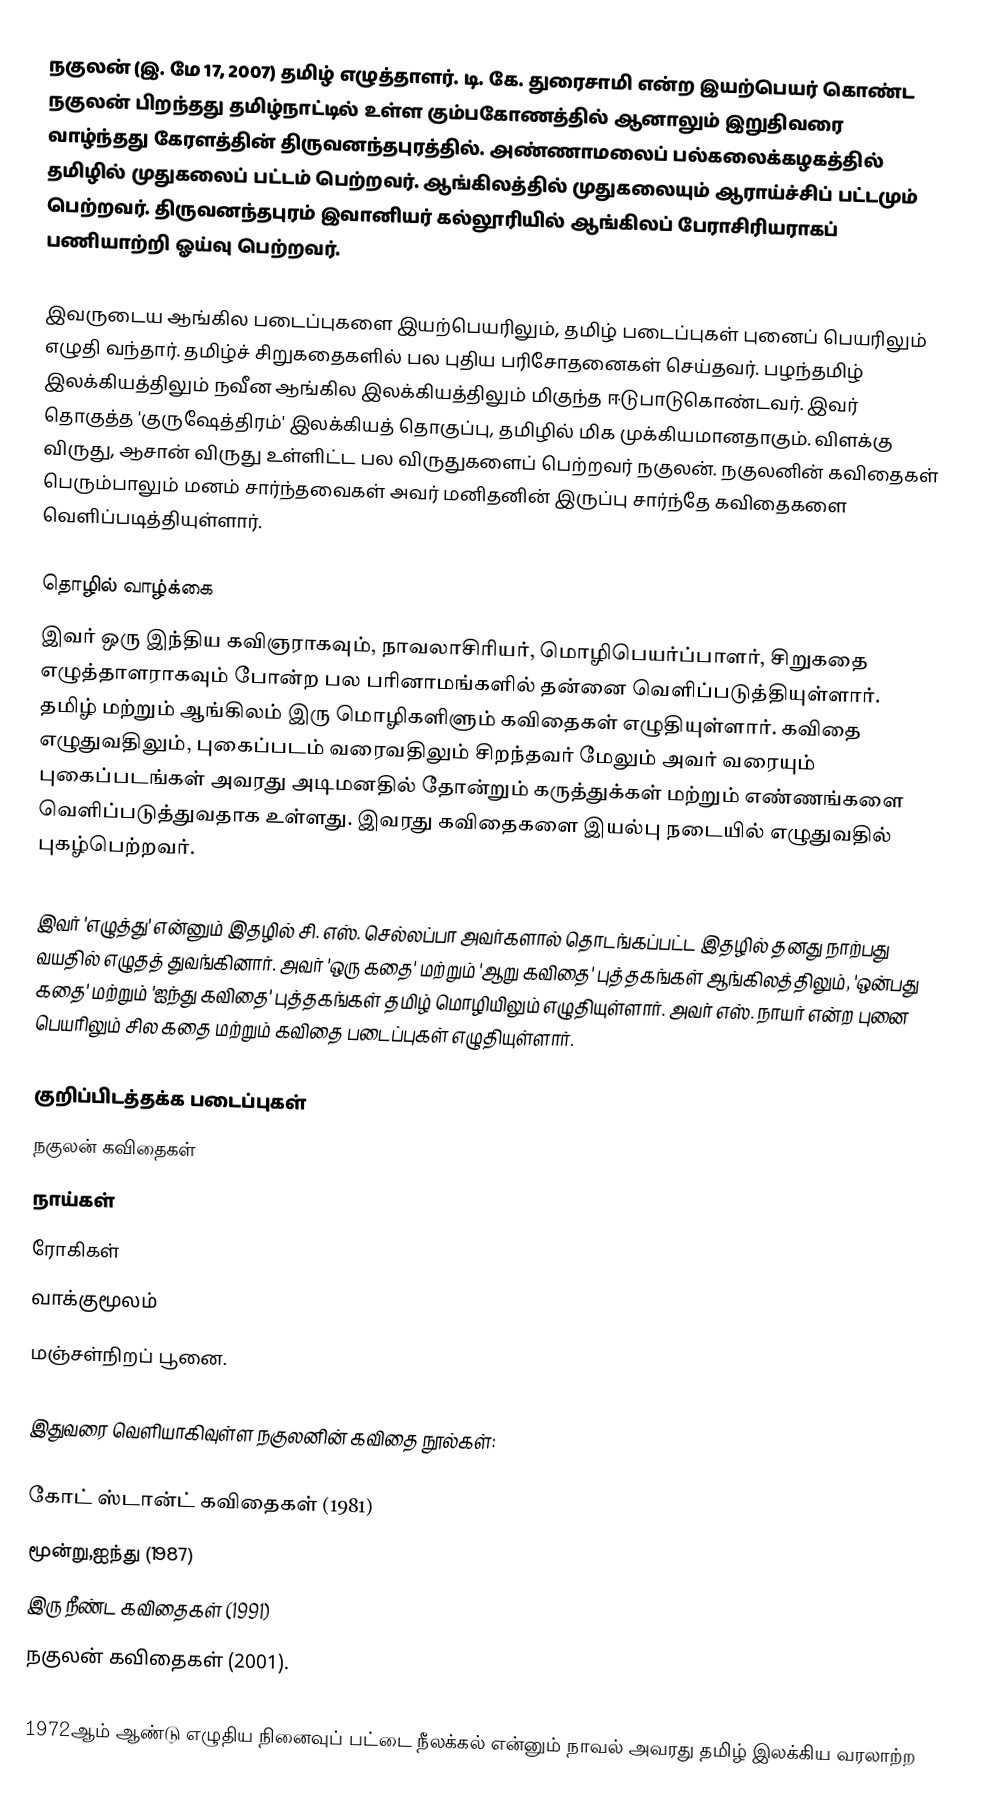
நகுலன் (இ. மே 17, 2007) தமிழ் எழுத்தாளர். டி. கே. துரைசாமி என்ற இயற்பெயர் கொண்ட நகுலன் பிறந்தது தமிழ்நாட்டில் உள்ள கும்பகோணத்தில் ஆனாலும் இறுதிவரை வாழ்ந்தது கேரளத்தின் திருவனந்தபுரத்தில். அண்ணாமலைப் பல்கலைக்கழகத்தில் தமிழில் முதுகலைப் பட்டம் பெற்றவர். ஆங்கிலத்தில் முதுகலையும் ஆராய்ச்சிப் பட்டமும் பெற்றவர். திருவனந்தபுரம் இவானியர் கல்லூரியில் ஆங்கிலப் பேராசிரியராகப் பணியாற்றி ஓய்வு பெற்றவர்.

இவருடைய ஆங்கில படைப்புகளை இயற்பெயரிலும், தமிழ் படைப்புகள் புனைப் பெயரிலும் எழுதி வந்தார். தமிழ்ச் சிறுகதைகளில் பல புதிய பரிசோதனைகள் செய்தவர். பழந்தமிழ் இலக்கியத்திலும் நவீன ஆங்கில இலக்கியத்திலும் மிகுந்த ஈடுபாடுகொண்டவர்.  இவர் தொகுத்த 'குருஷேத்திரம்' இலக்கியத் தொகுப்பு, தமிழில் மிக முக்கியமானதாகும். விளக்கு விருது, ஆசான் விருது உள்ளிட்ட பல விருதுகளைப் பெற்றவர் நகுலன். நகுலனின் கவிதைகள் பெரும்பாலும் மனம் சார்ந்தவைகள் அவர் மனிதனின் இருப்பு சார்ந்தே கவிதைகளை வெளிப்படித்தியுள்ளார்.

தொழில் வாழ்க்கை
இவர் ஒரு இந்திய கவிஞராகவும், நாவலாசிரியர், மொழிபெயர்ப்பாளர், சிறுகதை எழுத்தாளராகவும் போன்ற பல பரினாமங்களில் தன்னை வெளிப்படுத்தியுள்ளார். தமிழ் மற்றும் ஆங்கிலம் இரு மொழிகளிளும் கவிதைகள் எழுதியுள்ளார். கவிதை எழுதுவதிலும், புகைப்படம் வரைவதிலும் சிறந்தவர் மேலும் அவர் வரையும் புகைப்படங்கள் அவரது அடிமனதில் தோன்றும் கருத்துக்கள் மற்றும் எண்ணங்களை வெளிப்படுத்துவதாக உள்ளது. இவரது கவிதைகளை இயல்பு நடையில் எழுதுவதில் புகழ்பெற்றவர்.

இவர் 'எழுத்து' என்னும் இதழில் சி. எஸ். செல்லப்பா அவர்களால் தொடங்கப்பட்ட இதழில் தனது நாற்பது வயதில் எழுதத் துவங்கினார். அவர் 'ஒரு கதை' மற்றும் 'ஆறு கவிதை' புத்தகங்கள் ஆங்கிலத்திலும், 'ஒன்பது கதை' மற்றும் 'ஐந்து கவிதை' புத்தகங்கள் தமிழ் மொழியிலும் எழுதியுள்ளார். அவர் எஸ். நாயர் என்ற புனை பெயரிலும் சில கதை மற்றும் கவிதை படைப்புகள் எழுதியுள்ளார்.

குறிப்பிடத்தக்க படைப்புகள்
 நகுலன் கவிதைகள்
 நாய்கள்
 ரோகிகள்
 வாக்குமூலம்
 மஞ்சள்நிறப் பூனை.

இதுவரை வெளியாகிவுள்ள நகுலனின் கவிதை நூல்கள்:

 கோட் ஸ்டான்ட் கவிதைகள் (1981)
 மூன்று,ஐந்து (1987)
 இரு நீண்ட கவிதைகள் (1991)
 நகுலன் கவிதைகள் (2001).

1972ஆம் ஆண்டு எழுதிய நினைவுப் பட்டை நீலக்கல் என்னும் நாவல் அவரது தமிழ் இலக்கிய வரலாற்ற